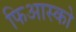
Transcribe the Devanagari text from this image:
फिआस्को